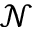
\mathcal { N }